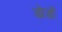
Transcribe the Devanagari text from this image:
डोडों